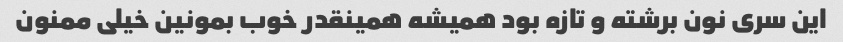
این سری نون برشته و تازه بود همیشه همینقدر خوب بمونین خیلی ممنون